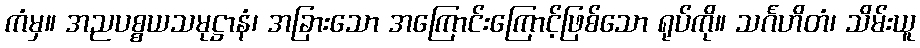
ကံမှ။ အညပစ္စယသမုဋ္ဌာနံ၊ အခြားသော အကြောင်းကြောင့်ဖြစ်သော ရုပ်ကို။ သင်္ဂဟိတံ၊ သိမ်းယူ